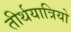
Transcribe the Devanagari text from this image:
तीर्थयात्रियो